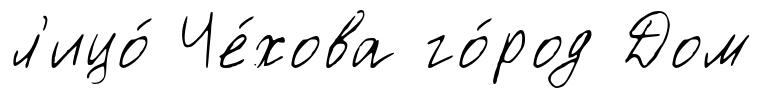
л'ицо́ Че́хова го́род Дом